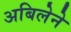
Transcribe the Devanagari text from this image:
अबिलेने